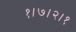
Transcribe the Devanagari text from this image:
१।७।२।१